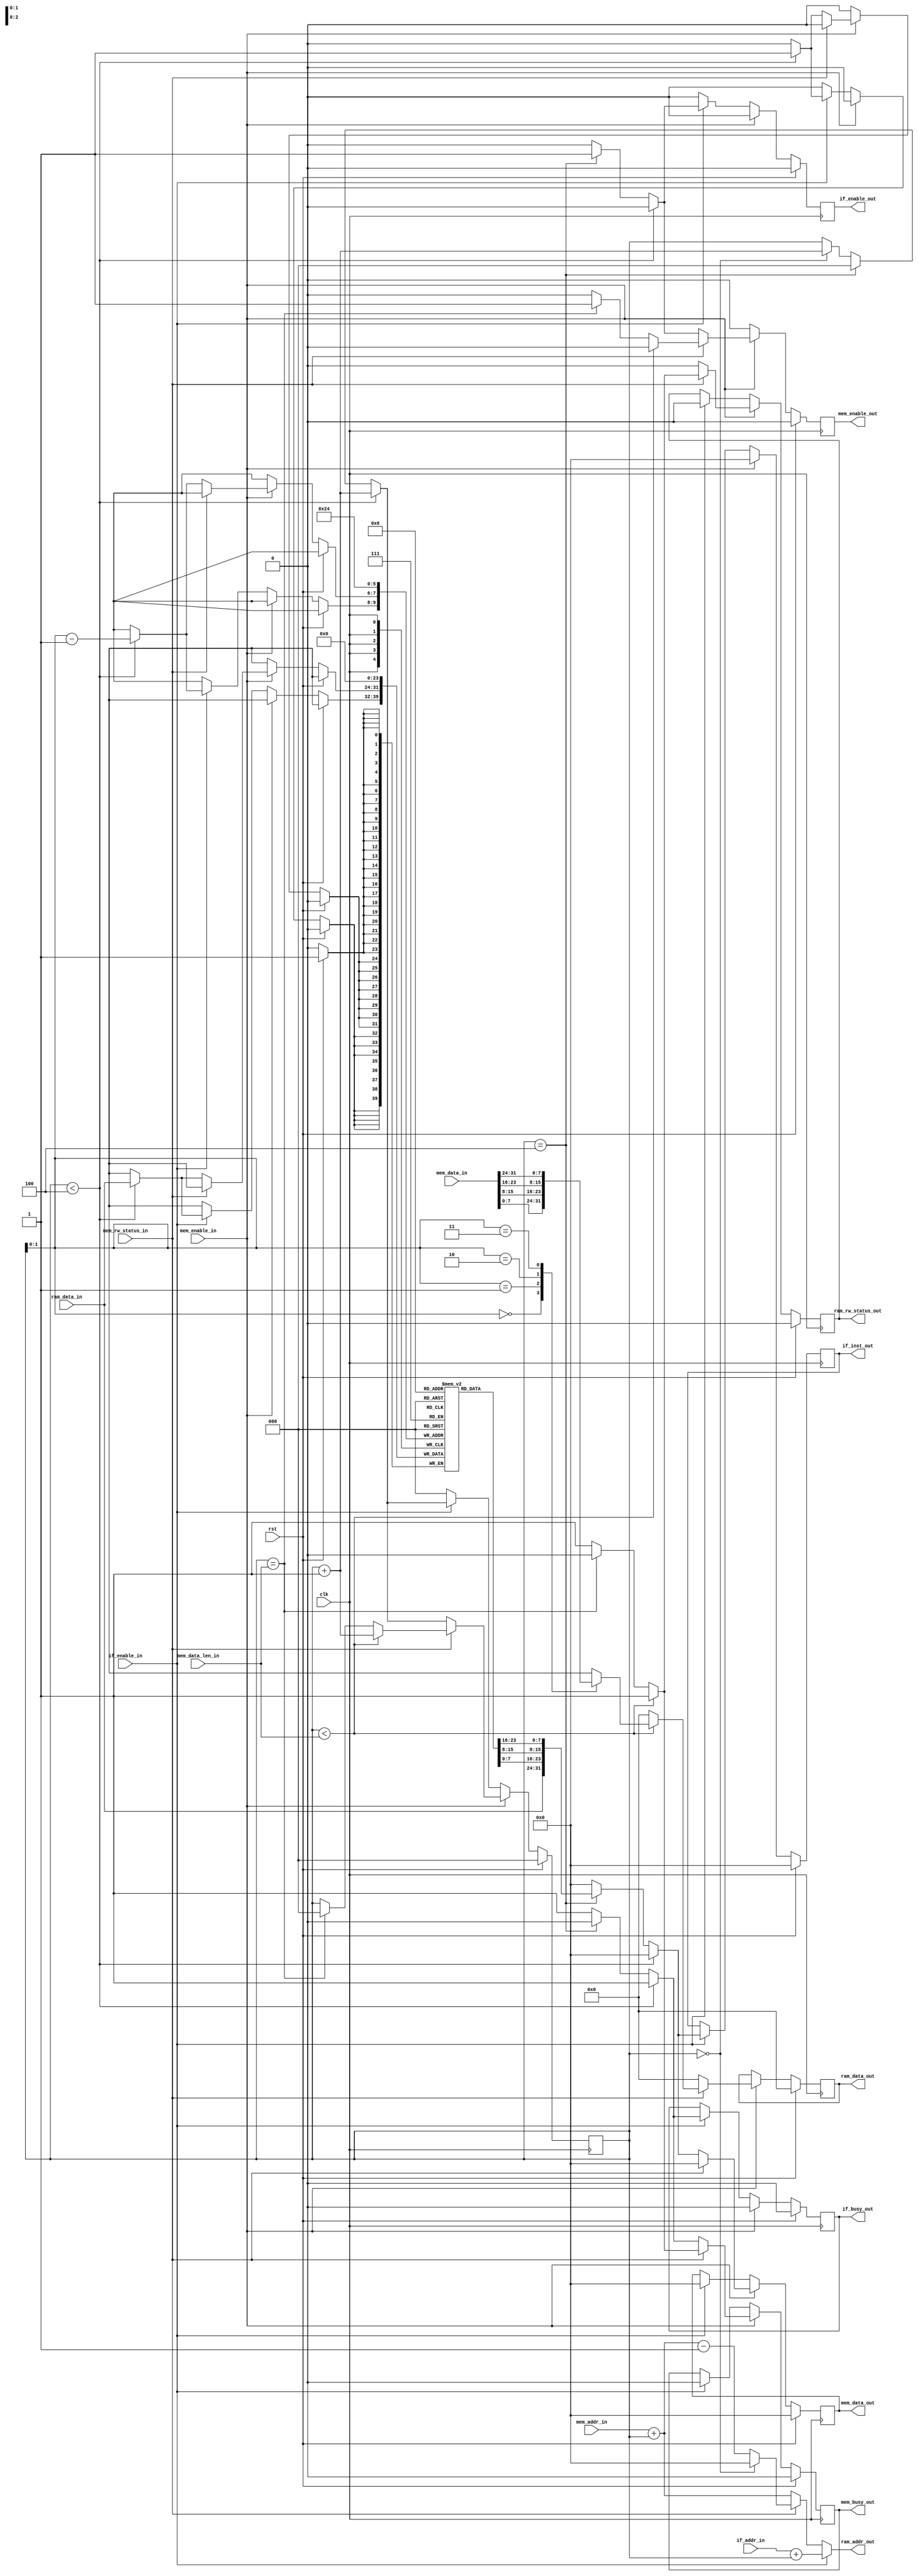
module MEMCTRL(
    input wire clk,
    input wire rst,
    
    input wire if_enable_in,
    input wire [31:0] if_addr_in,
    
    input wire mem_enable_in,
    input wire mem_rw_status_in,
    input wire [31:0] mem_addr_in,
    input wire [31:0] mem_data_in,
    input wire [2:0] mem_data_len_in,
    
    input wire [7:0] ram_data_in,
    
    output reg ram_rw_status_out,
    output wire [31:0] ram_addr_out,
    output reg [7:0] ram_data_out,

    output reg if_busy_out,
    output reg if_enable_out,
    output reg [31:0] if_inst_out,
    
    output reg mem_busy_out,
    output reg mem_enable_out,
    output reg [31:0] mem_data_out
);

wire [7:0] store_data [3:0];
assign store_data[0] = mem_data_in[7:0];
assign store_data[1] = mem_data_in[15:8];
assign store_data[2] = mem_data_in[23:16];
assign store_data[3] = mem_data_in[31:24];

reg[7:0] load_data[2:0];
reg[2:0] cnt;
assign ram_addr_out = if_enable_in ? (if_addr_in + cnt) : (mem_rw_status_in ? (cnt == 0? 0 : mem_addr_in + cnt - 1) :mem_addr_in + cnt);
// assign ram_data_out = store_data[cnt];

always @(posedge clk) begin
    if (rst == 1) begin
        cnt <= 0;
        load_data[0] <= 8'b00000000;
        load_data[1] <= 8'b00000000;
        load_data[2] <= 8'b00000000;
        ram_rw_status_out <= 0;
        ram_data_out <= 0;
        mem_enable_out <= 0;
        mem_data_out <= 0;
        if_busy_out <= 0;
        if_enable_out <= 0;
        if_inst_out <= 0;
        mem_busy_out <= 0;
        mem_enable_out <= 0;
        mem_data_out <= 0;
    end
    else begin
        if(mem_enable_in == 1) begin
            ram_rw_status_out <= 0;
            ram_data_out <= 0;
            if_busy_out <= 0;
            if_enable_out <= 0;
            if_inst_out <= 0;
            mem_busy_out <= 1;
            mem_enable_out <= 0;
            mem_data_out <= 0;
            if(mem_rw_status_in == 0) begin
                if(cnt == 0) begin
                    cnt <= cnt + 1;
                end
                if(cnt < 4) begin
                    load_data[cnt-1] <= ram_data_in;
                    cnt <= cnt + 1;
                end
                else if(cnt == 4) begin
                    cnt <= 0;
                    mem_enable_out <= 1;
                    mem_data_out <= {ram_data_in, load_data[2], load_data[1], load_data[0]};
                    mem_busy_out <= 0;
                    if_busy_out <= 0;
                end
            end
            else if(mem_rw_status_in == 1) begin
                ram_rw_status_out <= 1;
                if(cnt < mem_data_len_in) begin
                    ram_data_out <= store_data[cnt];
                    cnt <= cnt + 1;
                end
                else if(cnt == mem_data_len_in) begin
                    cnt <= 0;
                    mem_enable_out <= 1;
                    mem_busy_out <= 0;
                    if_busy_out <= 0;
                    ram_rw_status_out <= 0;
                end
            end   
        end
        else if(if_enable_in == 1) begin
            ram_rw_status_out <= 0;
            if_busy_out <= 1;
            if_enable_out <= 0;
            if_inst_out <= 0;
            mem_busy_out <= 0;
            mem_enable_out <= 0;
            mem_data_out <= 0;
            if(cnt == 0) begin
                cnt <= cnt + 1;
            end
            if(cnt < 4) begin
                load_data[cnt-1] <= ram_data_in;
                cnt <= cnt + 1;
            end
            else if(cnt == 4) begin
                cnt <= 0;
                if_enable_out <= 1;
                if_inst_out <= {ram_data_in, load_data[2], load_data[1], load_data[0]};
                if_busy_out <= 0;
                mem_busy_out <= 0;
            end
        end
        else begin
            cnt <= 0;
            if_enable_out <= 0;
            mem_enable_out <= 0;
        end
    end
end
endmodule